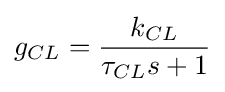
g_{CL}={\frac {k_{CL}}{\tau _{CL}s+1}}